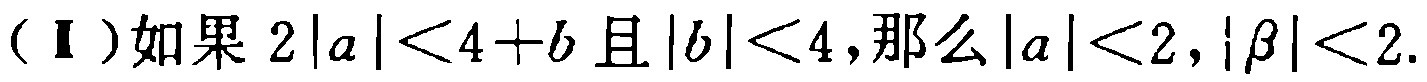
（Ⅰ）如果 \(2|a|<4 + b\) 且 \(|b|<4\)，那么 \(|a|<2\)，\(|\beta|<2\).